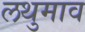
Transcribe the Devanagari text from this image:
लथुमाव